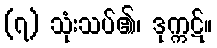
(၇) သုံးသပ်၏၊ ဒုက္ကဋ်။